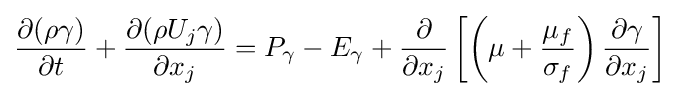
{\frac {\partial (\rho \gamma )}{\partial t}}+{\frac {\partial (\rho U_{j}\gamma )}{\partial x_{j}}}=P_{\gamma }-E_{\gamma }+{\frac {\partial }{\partial x_{j}}}\left[\left(\mu +{\frac {\mu _{f}}{\sigma _{f}}}\right){\frac {\partial \gamma }{\partial x_{j}}}\right]